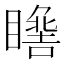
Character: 𱳏